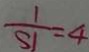
\frac { 1 } { S 1 } = 4